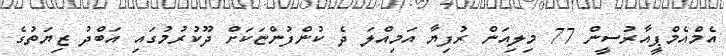
އެމްއެމްޕީއާރުސީން 77 މިލިއަން ރުފިޔާ އަމިއްލަ ދެ ކުންފުންޏަކަށް ދޫކުރުމުގައި އަބްދު ޒިޔަތުގެ